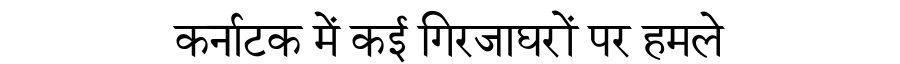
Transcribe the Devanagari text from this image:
कर्नाटक में कई गिरजाघरों पर हमले